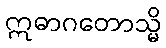
ဣဓာဂတောသ္မိ